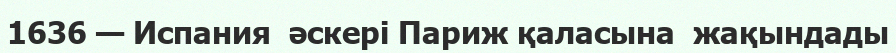
1636 — Испания  әскері Париж қаласына  жақындады